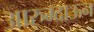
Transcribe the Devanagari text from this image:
आरुम्दाऊन